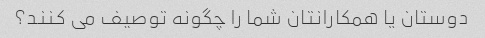
دوستان یا همکارانتان شما را چگونه توصیف می کنند؟